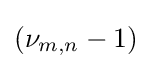
(\nu _{m,n}-1)